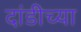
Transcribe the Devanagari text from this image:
दांडीच्या